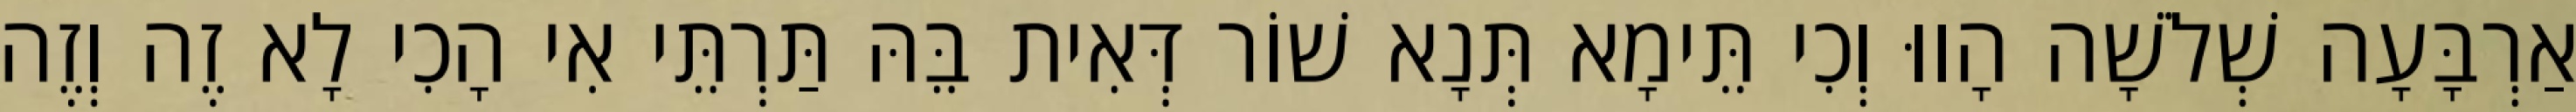
אַרְבָּעָה שְׁלֹשָׁה הָווּ וְכִי תֵּימָא תְּנָא שׁוֹר דְּאִית בֵּהּ תַּרְתֵּי אִי הָכִי לָא זֶה וְזֶה